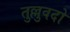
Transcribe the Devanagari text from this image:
तुल्लुवदो